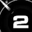
Digit: 2